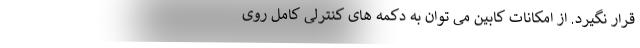
قرار نگیرد. از امکانات کابین می توان به دکمه های کنترلی کامل روی